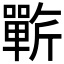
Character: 𰕥